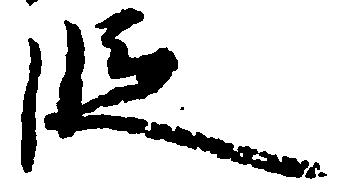
段